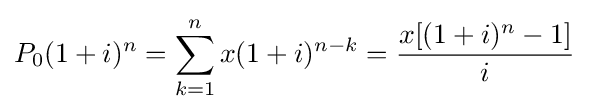
P_{0}(1+i)^{n}=\sum _{k=1}^{n}x(1+i)^{n-k}={\frac {x[(1+i)^{n}-1]}{i}}